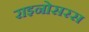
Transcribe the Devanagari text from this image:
राइनोसरस